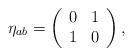
LaTeX: \begin{align*}\eta_{ab} =\left( \begin{array}{cc} 0 & 1 \\1 & 0 \end{array}\right),\end{align*}